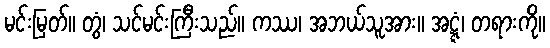
မင်းမြတ်။ တွံ၊ သင်မင်းကြီးသည်။ ကဿ၊ အဘယ်သူအား။ အဋ္ဋံ၊ တရားကို။